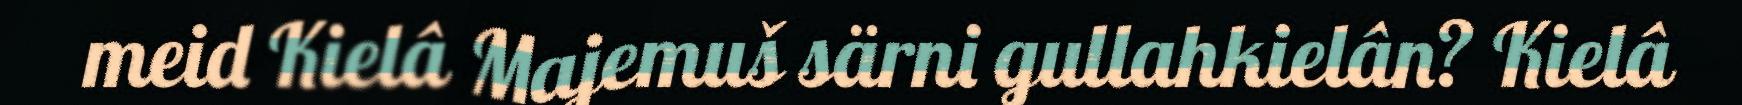
meid Kielâ Majemuš särni gullahkielân? Kielâ